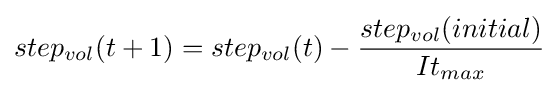
step_{vol}(t+1)=step_{vol}(t)-{\frac {step_{vol}(initial)}{It_{max}}}